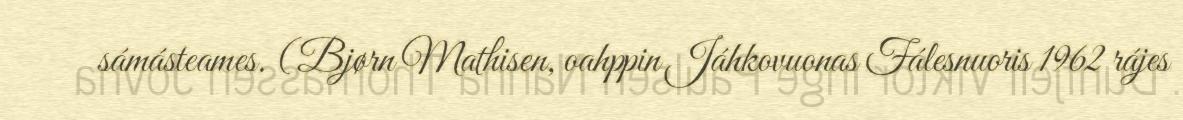
sámásteames. (Bjørn Mathisen, oahppin Jáhkovuonas Fálesnuoris 1962 rájes